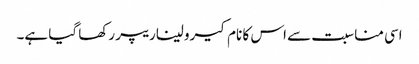
اسی مناسبت سے اس کا نام کیرولیناریپر رکھا گیا ہے۔